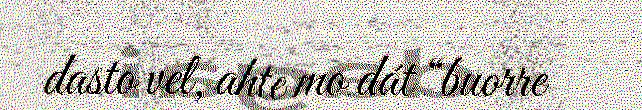
dasto vel, ahte mo dát “buorre